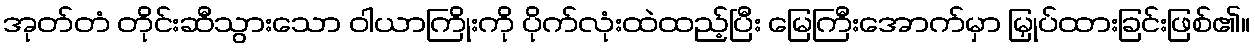
အုတ်တံ တိုင်းဆီသွားသော ဝါယာကြိုးကို ပိုက်လုံးထဲထည့်ပြီး မြေကြီးအောက်မှာ မြှုပ်ထားခြင်းဖြစ်၏။